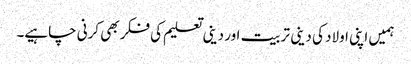
ہمیں اپنی اولاد کی دینی تربیت اور دینی تعلیم کی فکر بھی کرنی چاہیے۔